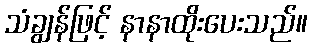
သံချွန်ဖြင့် နာနာထိုးပေးသည်။